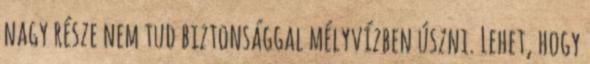
nagy része nem tud biztonsággal mélyvízben úszni. Lehet, hogy